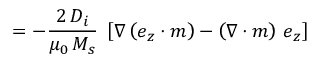
= - \frac { 2 \, D _ { i } } { \mu _ { 0 } \, M _ { s } } \; \left[ \nabla \left( \boldsymbol { e } _ { z } \cdot \boldsymbol { m } \right) - \left( \nabla \cdot \boldsymbol { m } \right) \, \boldsymbol { e } _ { z } \right]